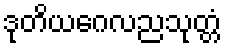
ဒုတိယဂေလညသုတ္တံ